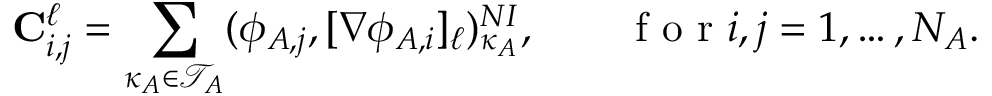
\mathbf { C } _ { i , j } ^ { \ell } = \sum _ { \kappa _ { A } \in \mathcal { T } _ { A } } ( \phi _ { A , j } , [ \nabla \phi _ { A , i } ] _ { \ell } ) _ { \kappa _ { A } } ^ { N I } , \qquad \mathrm { ~ f ~ o ~ r ~ } i , j = 1 , \dots , N _ { A } .